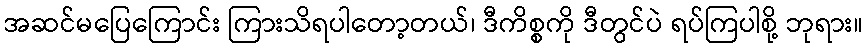
အဆင်မပြေကြောင်း ကြားသိရပါတော့တယ်၊ ဒီကိစ္စကို ဒီတွင်ပဲ ရပ်ကြပါစို့ ဘုရား။